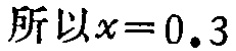
所以\(x = 0.3\)